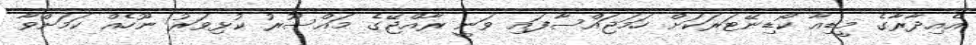
އެއިދާރާގެ މީޑިއާ ކޯޑިނޭޓަރަކަށް ހަމަޖައްސާފައި ވަނީ ރާއްޖޭގެ މައްސޫރު ކުޅިވަރު ނޫހެއް ކަމަށްވާ